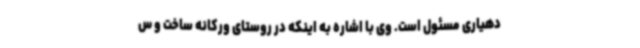
‌دهیاری مسئول است. وی با اشاره به اینکه در روستای ورکانه ساخت و س